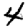
Digit: 4